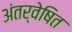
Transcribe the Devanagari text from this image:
अंतर्वेषित